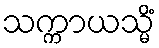
သက္ကာယသ္မိံ